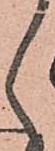
之